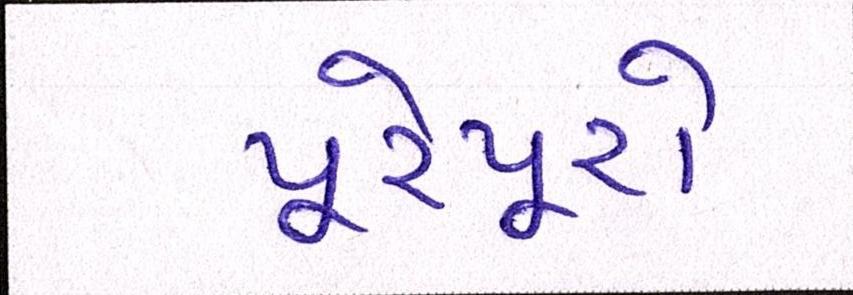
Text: પૂરેપૂરો